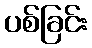
ပစ်ခြင်း